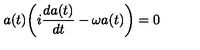
a ( t ) \biggl ( i { \frac { d a ( t ) } { d t } } - \omega a ( t ) \biggr ) = 0